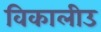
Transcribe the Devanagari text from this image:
विकालीउ